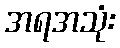
အရအသုံး